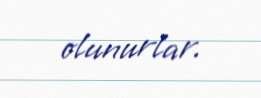
olunurlar.